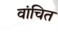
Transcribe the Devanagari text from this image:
वांचित